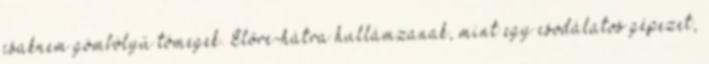
csaknem gömbölyű tömegek. Előre-hátra hullámzanak, mint egy csodálatos gépezet,